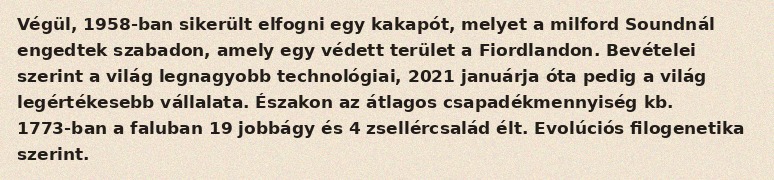
Végül, 1958-ban sikerült elfogni egy kakapót, melyet a milford Soundnál engedtek szabadon, amely egy védett terület a Fiordlandon. Bevételei szerint a világ legnagyobb technológiai, 2021 januárja óta pedig a világ legértékesebb vállalata. Északon az átlagos csapadékmennyiség kb. 1773-ban a faluban 19 jobbágy és 4 zsellércsalád élt. Evolúciós filogenetika szerint.